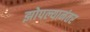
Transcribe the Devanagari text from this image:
झोपल्यानंतर